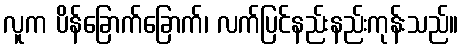
လူက ပိန်ခြောက်ခြောက်၊ လက်ပြင်နည်းနည်းကုန်းသည်။